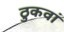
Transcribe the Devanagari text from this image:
ठुकवां